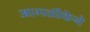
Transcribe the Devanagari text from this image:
आगळीकेने